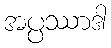
အပ္ပဿာဒါ